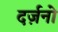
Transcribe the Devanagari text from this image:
दर्ज़नो